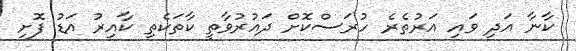
ކާނާ އަދި ވައި އަރުތެރެ ހުރަސްކޮށް ދައުރުވާތީ ކާތަކެތި ކާއިރު އަޑު ފޮށި